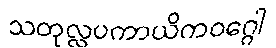
သတုလ္လပကာယိကဝဂ္ဂေါ